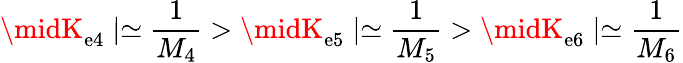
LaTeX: \midK_{\mathrm{e}4}\mid\simeq\frac{{1}}{{M_{4}}}>\midK_{\mathrm{e}5}\mid\simeq\frac{{1}}{{M_{5}}}>\midK_{\mathrm{e}6}\mid\simeq\frac{{1}}{{M_{6}}}